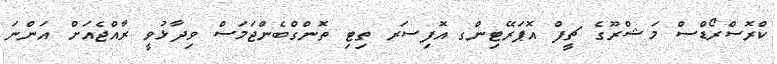
ކްރޮސްރޯޑްސް މަޝްރޫގެ ޗީފް އޮޕަރޭޓިންގ އޮފިސަރ ތިޓި ތޮންގްބެންޖަމަސް ވިދާޅުވީ ރާއްޖެއަށް އަންނަ